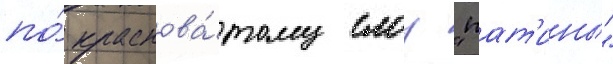
по́ краснова́тому слоу "пат'ины"